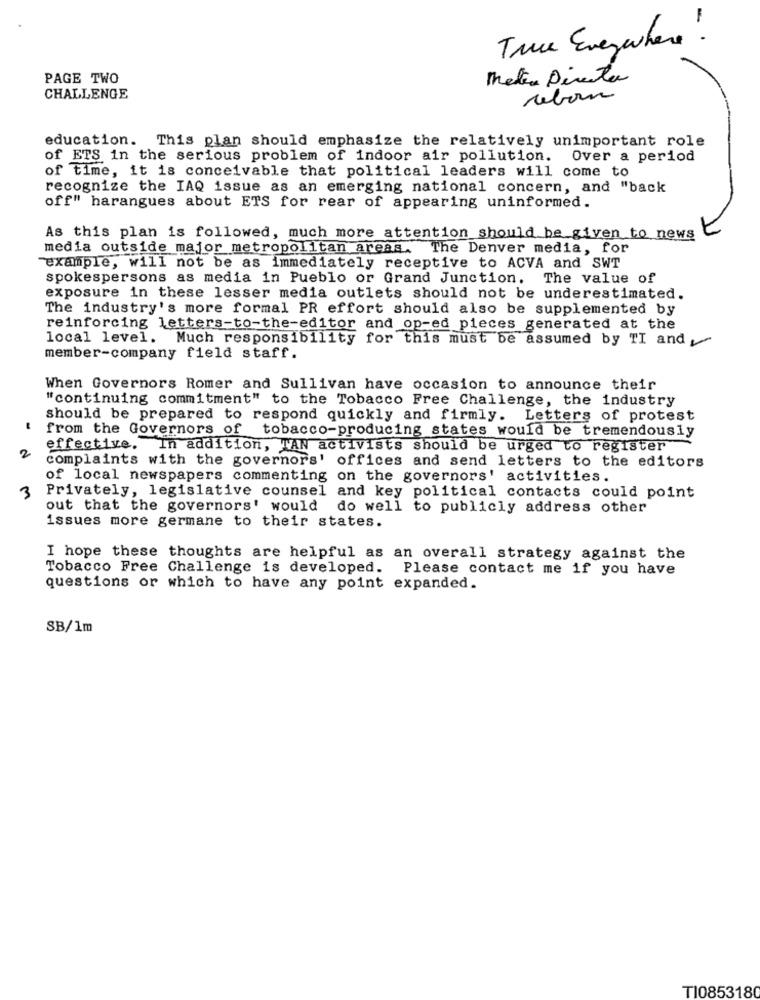
True Everywhere !
PAGE TWO
Meter Directa
CHALLENGE
rebon
education. This plan should emphasize the relatively unimportant role
of ETS in the serious problem of indoor air pollution. Over a period
of time, it is conceivable that political leaders will come to
recognize the IAQ issue as an emerging national concern, and "back
off" harangues about ETS for rear of appearing uninformed.
As this plan is followed, much more attention should be given to news
media outside major metropolitan areas. The Denver media, for
example, will not be as immediately receptive to ACVA and SWT
spokespersons as media in Pueblo or Grand Junction. The value of
exposure in these lesser media outlets should not be underestimated.
The industry's more formal PR effort should also be supplemented by
reinforcing letters-to-the-editor and op-ed pieces generated at the
local level. Much responsibility for this must be assumed by TI and
member-company field staff.
When Governors Romer and Sullivan have occasion to announce their
"continuing commitment" to the Tobacco Free Challenge, the industry
should be prepared to respond quickly and firmly. Letters of protest
from the Governors of
tobacco-producing states would be tremendously
effective. In addition, TAN activists should be urged to register
2
complaints with the governors' offices and send letters to the editors
of local newspapers commenting on the governors' activities.
3
Privately, legislative counsel and key political contacts could point
out that the governors' would do well to publicly address other
issues more germane to their states.
I hope these thoughts are helpful as an overall strategy against the
Tobacco Free Challenge is developed. Please contact me if you have
questions or which to have any point expanded.
SB/1m
TI0853180